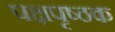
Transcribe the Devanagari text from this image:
पक्षपृष्ठक